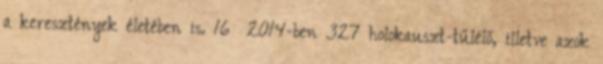
a keresztények életében is. 16 2014-ben 327 holokauszt-tűlélő, illetve azok